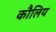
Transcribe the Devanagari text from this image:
कौलिय